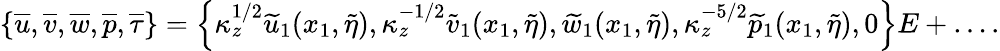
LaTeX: \left\lbrace\overline{{u}},\overline{{v}},\overline{{w}},\overline{{p}},\overline{{\tau}}\right\rbrace=\left\lbrace\kappa_{z}^{1/2}\widetilde{u}_{1}(x_{1},\widetilde{\eta}),\kappa_{z}^{-1/2}\widetilde{v}_{1}(x_{1},\widetilde{\eta}),\widetilde{w}_{1}(x_{1},\widetilde{\eta}),\kappa_{z}^{-5/2}\widetilde{p}_{1}(x_{1},\widetilde{\eta}),0\right\rbrace E+\ldots.